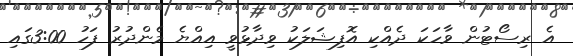
އެ ރިސޯޓުން ވާހަކަ ދެއްކި އޮފިޝަލަކު ވިދާޅުވީ އިއްޔެ މެންދުރު ފަހު 3:00ގައި